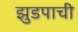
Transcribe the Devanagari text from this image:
झुडपाची